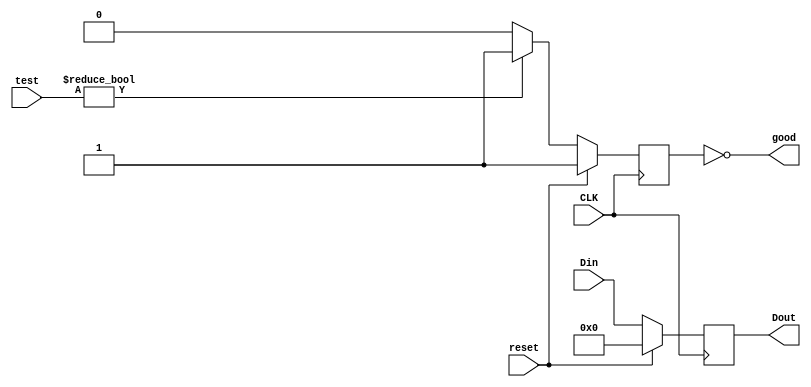
module comparer #(parameter width=63)(
	input [width:0] Din,
	input [width:0] test,
	input CLK,
	input reset,
	output [width:0] Dout,
	output good
);

reg [width:0] Dtmp;
reg tmpgood;


always @(posedge CLK)
begin
	if (reset == 1)
	begin
		Dtmp <= 64'b0;
		tmpgood <= 1;
	end
	else
	begin
		Dtmp <= Din;
		if (test != 64'b0)
			tmpgood <= 1;
		else
			tmpgood <= 0;
	end
end

assign Dout = Dtmp;
assign good = ~tmpgood;

endmodule